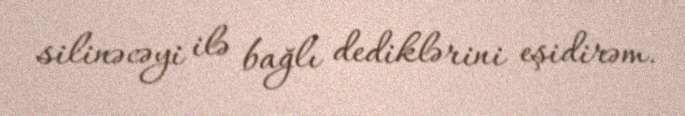
silinəcəyi ilə bağlı dediklərini eşidirəm.